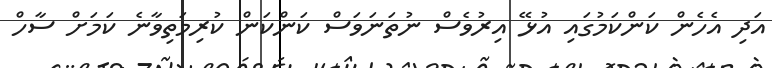
އަދި އެހެން ކަންކަމުގައި އުޅޭ އިރުވެސް ނުތަނަވަސް ކަންކަން ކުރިމަތިވާނެ ކަމަށް ސާހް